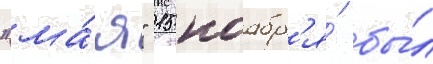
"ма́я" 15 ноабр'я́ бы́л